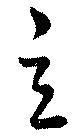
立